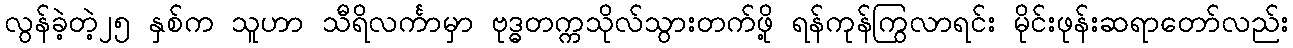
လွန်ခဲ့တဲ့၂၅ နှစ်က သူဟာ သီရိလင်္ကာမှာ ဗုဒ္ဓတက္ကသိုလ်သွားတက်ဖို့ ရန်ကုန်ကြွလာရင်း မိုင်းဖုန်းဆရာတော်လည်း